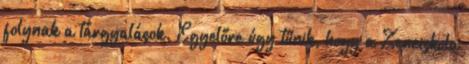
folynak a tárgyalások. Egyelőre úgy tűnik, hogy a Zeneiskola